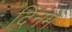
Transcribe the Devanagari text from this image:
दिनमें